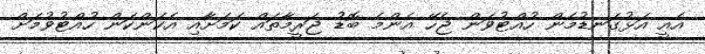
އެއީ އަޅުގަނޑުމެން ހުއްޓުވަން ޖެހޭ އެންމެ ބޮޑު ޖަރީމާތައް ކަމަށާއި އެކަންކަން ހުއްޓުވުމަށް